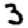
Digit: 3